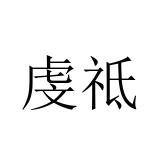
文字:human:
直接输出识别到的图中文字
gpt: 虔祗